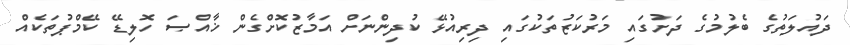
ދައުލަތުގެ ބެލުމުގެ ދަށުގައި މަރުކަޒުތަކުގައި ދިރިއުޅޭ ކުދިންނަށް އަމާޒުކޮށްގެން ޚާއްޞަ ހޮލިޑޭ ކޭމްޕުތަކެއް